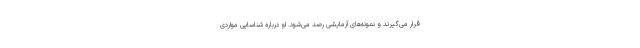
قرار می‌گیرند و نمونه‌های آزمایشی رصد می‌شود. او درباره شناسایی مواردی